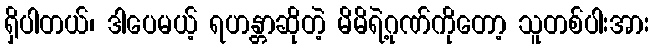
ရှိပါတယ်၊ ဒါပေမယ့် ရဟန္တာဆိုတဲ့ မိမိရဲ့ဂုဏ်ကိုတော့ သူတစ်ပါးအား